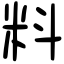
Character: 料